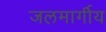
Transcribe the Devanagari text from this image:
जलमार्गीय